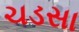
ચડસા